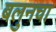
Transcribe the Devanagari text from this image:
बलुनचा